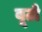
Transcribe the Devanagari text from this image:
बूटो